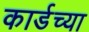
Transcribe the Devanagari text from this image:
कार्डच्या